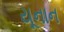
યૂનાન